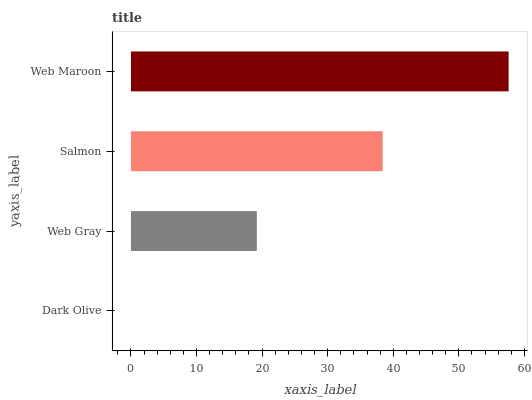
| yaxis_label | bars |
 | --- | --- |
 | Dark Olive | 0 |
 | Web Gray | 19.2 |
 | Salmon | 38.4 |
 | Web Maroon | 57.6 |